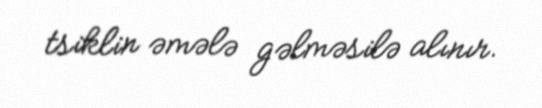
tsiklin əmələ gəlməsilə alınır.